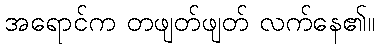
အရောင်က တဖျတ်ဖျတ် လက်နေ၏။